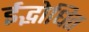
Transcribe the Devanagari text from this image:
ईद्भोधित